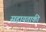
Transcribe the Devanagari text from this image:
सहायताकी